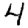
Digit: 4